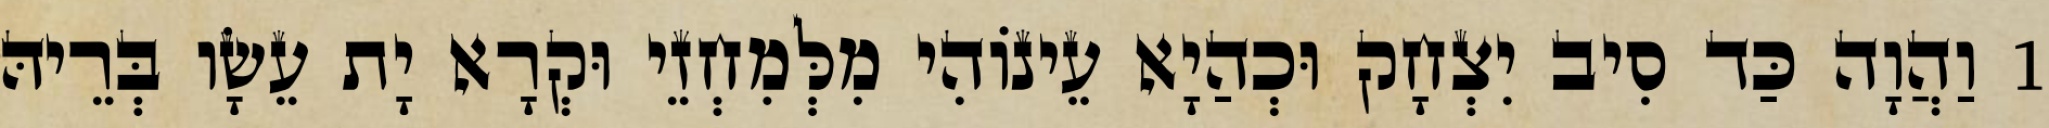
1 וַהֲוָה כַּד סִיב יִצְחָק וּכְהַיָא עֵינוֹהִי מִלְּמִחְזֵי וּקְרָא יָת עֵשָׂו בְּרֵיהּ